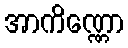
အာကိဏ္ဏော